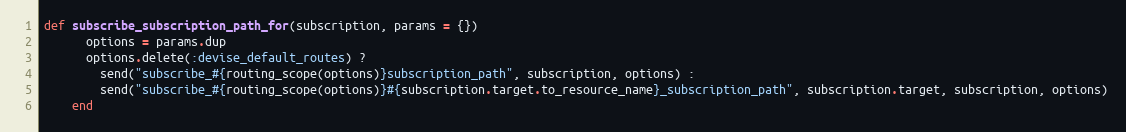
Language: Ruby
def subscribe_subscription_path_for(subscription, params = {})
      options = params.dup
      options.delete(:devise_default_routes) ?
        send("subscribe_#{routing_scope(options)}subscription_path", subscription, options) :
        send("subscribe_#{routing_scope(options)}#{subscription.target.to_resource_name}_subscription_path", subscription.target, subscription, options)
    end